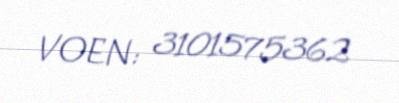
VOEN: 3101575362